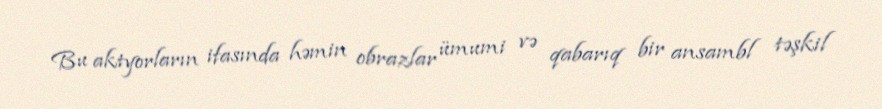
Bu aktyorların ifasında həmin obrazlar ümumi və qabarıq bir ansambl təşkil